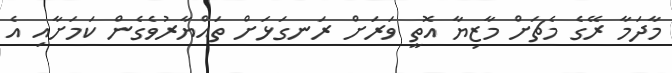
މާދަމާ ރޭގެ މެޗަށް މާޒިޔާ އޮތީ ވަރަށް ރަނގަޅަށް ތައްޔާރުވެގެން ކަމަށާއި އެ